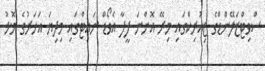
ސްވިޓްޒަލޭންޑްގެ ޒިއުރިކްގައި މިރޭ އޮންނަ ފީފާ އެވޯޑް ނައިޓްގައި މިދިޔަ އަހަރުގެ މޮޅު